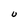
Character: U